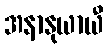
အနာနုယာယီ